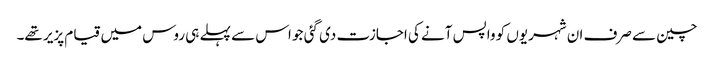
چین سے صرف ان شہریوں کو واپس آنے کی اجازت دی گئی جو اس سے پہلے ہی روس میں قیام پزیر تھے۔